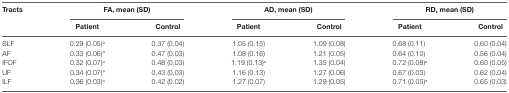
| <ROWSPAN=2> Tracts | <COLSPAN=2> FA, mean (SD) | <COLSPAN=2> AD, mean (SD) | <COLSPAN=2> RD, mean (SD) |
 | Patient | Control | Patient | Control | Patient | Control |
 | --- | --- | --- | --- | --- | --- | --- |
 | SLF | 0.29 (0.05)a | 0.37 (0.04) | 1.05 (0.15) | 1.09 (0.08) | 0.68 (0.11) | 0.60 (0.04) |
 | AF | 0.33 (0.06)a | 0.47 (0.03) | 1.08 (0.16) | 1.21 (0.05) | 0.64 (0.10) | 0.56 (0.04) |
 | IFOF | 0.32 (0.07)a | 0.48 (0.03) | 1.19 (0.13)a | 1.35 (0.04) | 0.72 (0.08)a | 0.60 (0.05) |
 | UF | 0.34 (0.07)a | 0.43 (0.03) | 1.16 (0.13) | 1.27 (0.06) | 0.67 (0.03) | 0.62 (0.04) |
 | ILF | 0.36 (0.03)a | 0.42 (0.02) | 1.27 (0.07) | 1.29 (0.05) | 0.71 (0.05)a | 0.65 (0.03) |